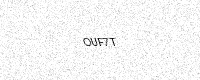
Text: OUF7T